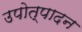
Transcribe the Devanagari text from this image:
उपोत्पादन